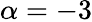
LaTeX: \alpha=-3